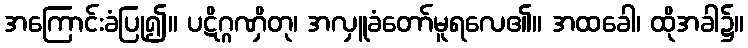
အကြောင်းခံပြု၍။ ပဋိဂ္ဂဏှိတု၊ အလှူခံတော်မူရလေ၏။ အထခေါ၊ ထိုအခါ၌။